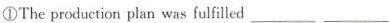
①The production plan was fulfilled___ ___